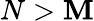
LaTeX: N>\mathbf{M}